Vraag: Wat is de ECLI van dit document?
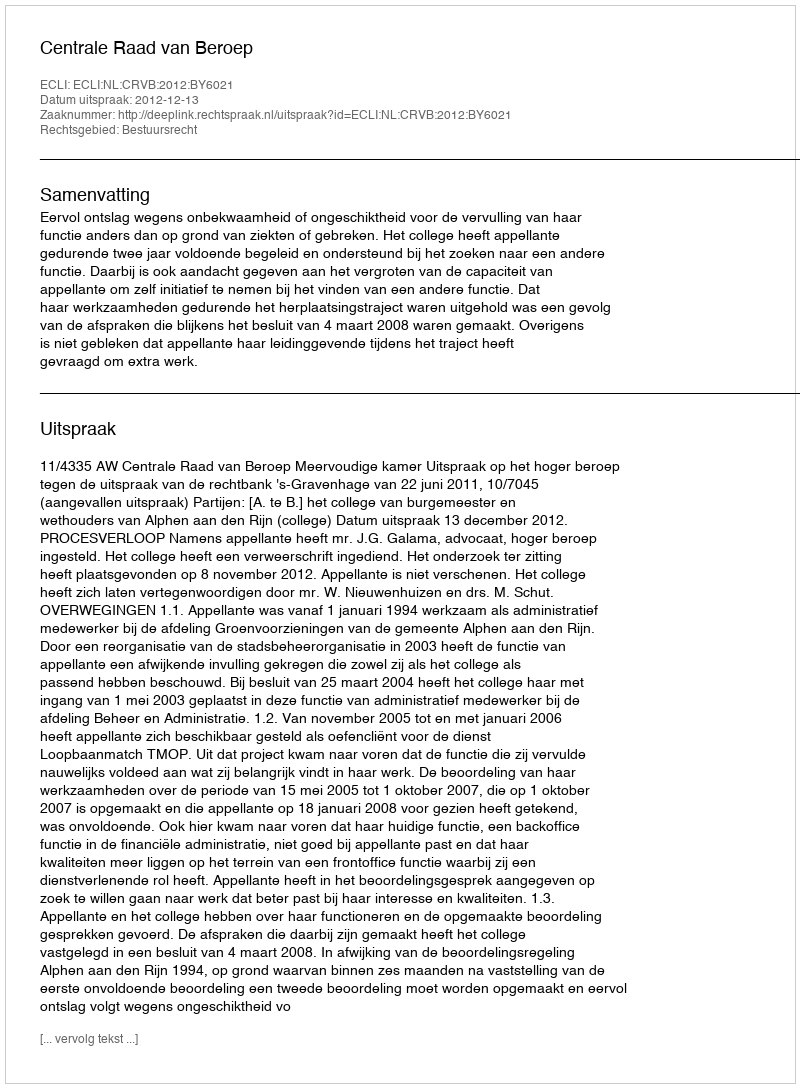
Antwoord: ECLI:NL:CRVB:2012:BY6021